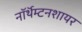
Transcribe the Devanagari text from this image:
नॉर्थॅम्टनशायर